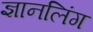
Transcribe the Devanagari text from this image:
ज्ञानलिंग